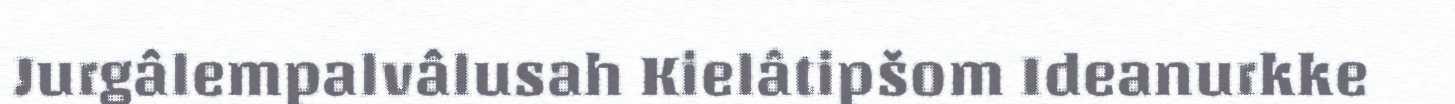
Jurgâlempalvâlusah Kielâtipšom Ideanurkke